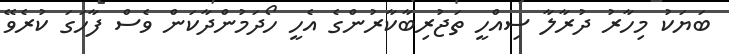
ބަަޔަކު މިހާރު ދުރާލާ ސިއްހީ ތަޖުރިބާކާރުންގެ އެހީ ހޯދަމުންދާކަން ވެސް ފާހަގަ ކުރެވޭ